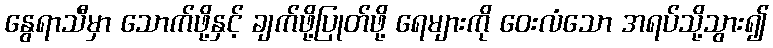
နွေရာသီမှာ သောက်ဖို့နှင့် ချက်ဖို့ပြုတ်ဖို့ ရေများကို ဝေးလံသော အရပ်သို့သွား၍